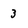
Character: 3